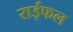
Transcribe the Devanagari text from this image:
राईफल